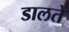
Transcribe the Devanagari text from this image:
डालतें